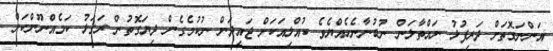
އަންނަގޮތަށް ދަރިފުޅު ނައްތާލަން ނުބުނާނެހެއްޔެވެ ކުއްލިއަކަށް ޖައިދަން ނުކުމެގެން ދިޔަގޮތުން ރަގަޅު ކަމެއްނޫންކަން